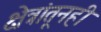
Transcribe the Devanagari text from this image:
क्षेत्रांतूनही